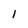
Character: 1